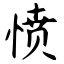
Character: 愤